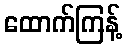
ထောက်ကြန့်